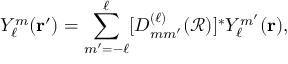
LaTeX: Y _ { \ell } ^ { m } ( { \mathbf { r } } ^ { \prime } ) = \sum _ { m ^ { \prime } = - \ell } ^ { \ell } [ D _ { m m ^ { \prime } } ^ { ( \ell ) } ( { \mathcal { R } } ) ] ^ { * } Y _ { \ell } ^ { m ^ { \prime } } ( { \mathbf { r } } ) ,